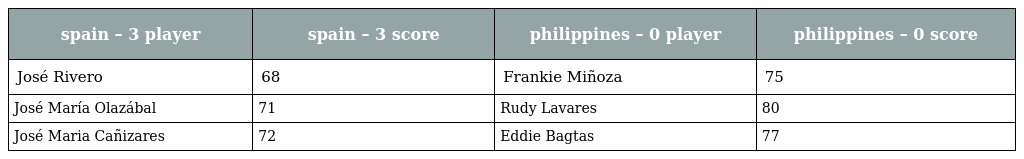
| spain – 3 player | spain – 3 score | philippines – 0 player | philippines – 0 score |
 | --- | --- | --- | --- |
 | José Rivero | 68 | Frankie Miñoza | 75 |
 | José María Olazábal | 71 | Rudy Lavares | 80 |
 | José Maria Cañizares | 72 | Eddie Bagtas | 77 |